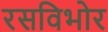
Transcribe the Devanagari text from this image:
रसविभोर